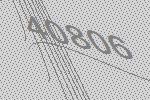
40806